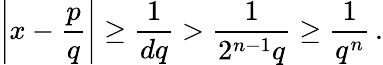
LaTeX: \left|x-{\frac{p}{q}}\right|\geq{\frac{1}{dq}}>{\frac{1}{2^{n-1}q}}\geq{\frac{1}{q^{n}}}\, .